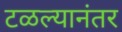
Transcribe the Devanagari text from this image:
टळल्यानंतर